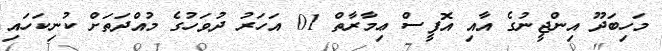
މަހިބަދޫ އިންޖީނުގެ އާއި އޮފީސް ޢިމާރާތް 01 އަހަރު ދުވަހުގެ މުއްދަތަށް ކުނިކަހައި